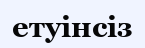
етуінсіз